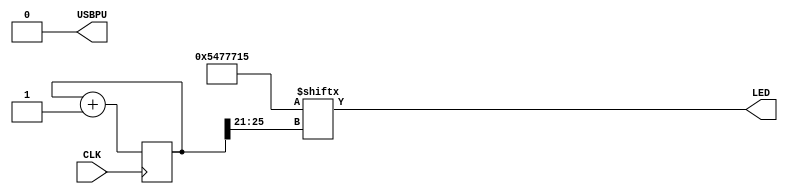
module top (
  input CLK,    // 16 MHz Global Clock
  output LED,   // On-board LED
  output USBPU  // USB Pull-up Resistor
);

  // Disable USB
  assign USBPU = 0;

  reg [25:0] blink_counter;
  wire [31:0] blink_pattern = 32'b101010001110111011100010101;

  always @(posedge CLK) begin
    blink_counter <= blink_counter + 1;
  end

  assign LED = blink_pattern[blink_counter[25:21]];
endmodule